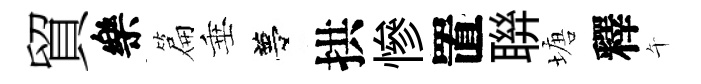
貿樂篇垂夢拱慘置聨塘釋午